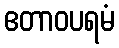
ဧတာဝပရမံ